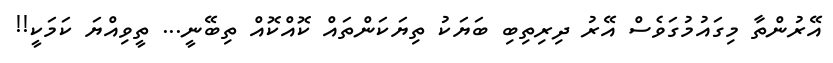
އޭރުންތާ މިގައުމުގަވެސް އޭރު ދިރިތިބި ބަޔަކު ތިޔަކަންތައް ކޮއްކޮއް ތިބޭނީ... ތީވިއްޔަ ކަމަކީ!!